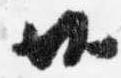
廿